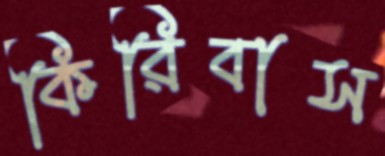
কিরিবাস